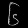
Digit: ၆